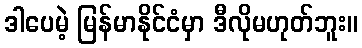
ဒါပေမဲ့ မြန်မာနိုင်ငံမှာ ဒီလိုမဟုတ်ဘူး။